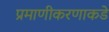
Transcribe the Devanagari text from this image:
प्रमाणीकरणाकडे